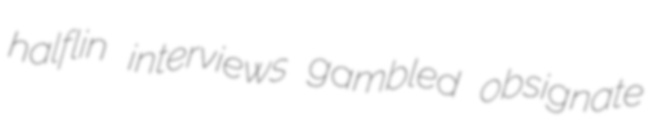
halflin interviews gambled obsignate